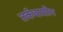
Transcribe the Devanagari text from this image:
तर्कवाशीग